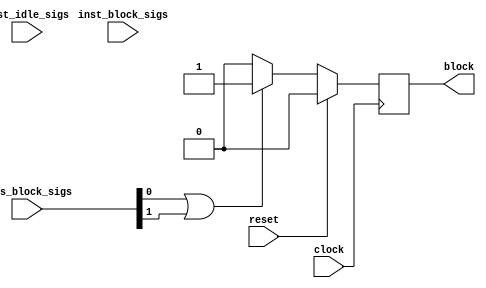
`timescale 1 ns / 1 ps

module StreamingDataWidthConverter_Batch_7_hls_deadlock_idx0_monitor ( // for module StreamingDataWidthConverter_Batch_7_StreamingDataWidthConverter_Batch_7_inst
    input wire clock,
    input wire reset,
    input wire [1:0] axis_block_sigs,
    input wire [0:0] inst_idle_sigs,
    input wire [0:0] inst_block_sigs,
    output wire block
);

// signal declare
reg monitor_find_block;
wire sub_parallel_block;
wire all_sub_parallel_has_block;
wire all_sub_single_has_block;
wire cur_axis_has_block;
wire seq_is_axis_block;

assign block = monitor_find_block;
assign all_sub_parallel_has_block = 1'b0;
assign all_sub_single_has_block = 1'b0;
assign cur_axis_has_block = 1'b0 | axis_block_sigs[0] | axis_block_sigs[1];
assign seq_is_axis_block = all_sub_parallel_has_block | all_sub_single_has_block | cur_axis_has_block;

always @(posedge clock) begin
    if (reset == 1'b1)
        monitor_find_block <= 1'b0;
    else if (seq_is_axis_block == 1'b1)
        monitor_find_block <= 1'b1;
    else
        monitor_find_block <= 1'b0;
end


// instant sub module
endmodule